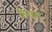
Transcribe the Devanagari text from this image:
क्रेषन